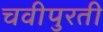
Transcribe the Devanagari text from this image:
चवीपुरती